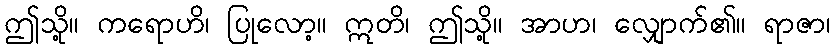
ဤသို့။ ကရောဟိ၊ ပြုလော့။ ဣတိ၊ ဤသို့။ အာဟ၊ လျှောက်၏။ ရာဇာ၊